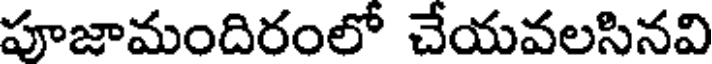
పూజామందిరంలో చేయవలసినవి